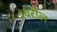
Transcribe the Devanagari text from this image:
१वरील